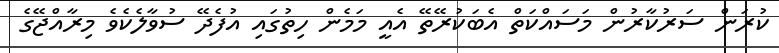
ކުރަން ސަރުކާރުން މަސައްކަތް އެބަކުރޭތޭ އެއީ މަމެން ހިތުގައި އުފެދޭ ސުވާލެކެވެ މިރާއްޖޭގެ